Report on the cultivation and use of ganja
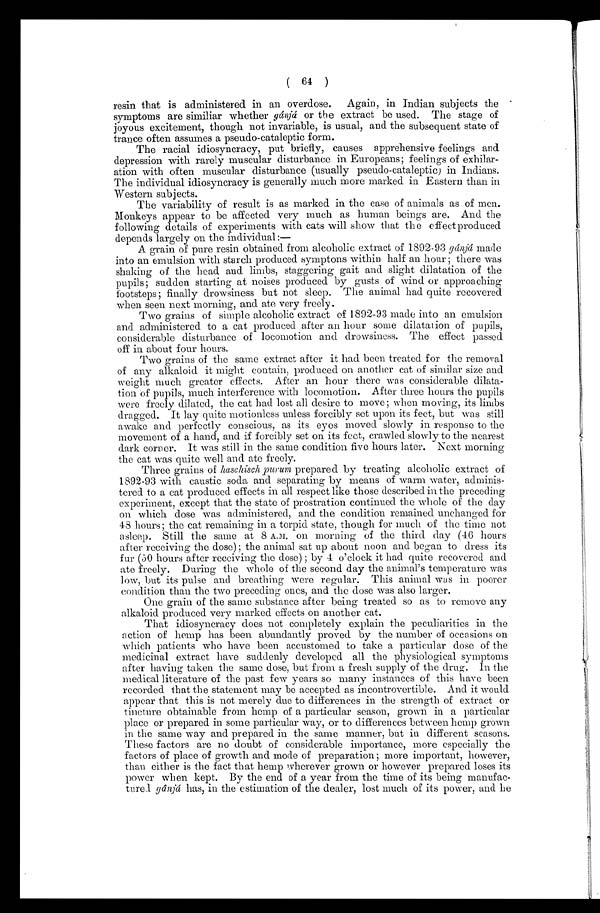
( 64 )
resin that is administered in an overdose. Again, in Indian subjects the
symptoms are similiar whether gánjá or the extract be used. The stage of
joyous excitement, though not invariable, is usual, and the subsequent state of
trance often assumes a pseudo-cataleptic form.
The racial idiosyncracy, put briefly, causes apprehensive feelings and
depression with rarely muscular disturbance in Europeans; feelings of exhilar-
ation with often muscular disturbance (usually pseudo-cataleptic) in Indians.
The individual idiosyncracy is generally much more marked in Eastern than in
Western subjects.
The variability of result is as marked in the case of animals as of men.
Monkeys appear to be affected very much as human beings are. And the
following details of experiments with cats will show that the effect produced
depends largely on the individual:—
A grain of pure resin obtained from alcoholic extract of 1892-93 gánjá m a d e
into an emulsion with starch produced symptons within half an hour ; there was
shaking of the head and limbs, staggering gait and slight dilatation of the
pupils; sudden starting at noises produced by gusts of wind or approaching
footsteps; finally drowsiness but not sleep. The animal had quite recovered
when seen next morning, and ate very freely.
Two grains of simple alcoholic extract of 1892-93 made into an emulsion
and administered to a cat produced after an hour some dilatation of pupils,
considerable disturbance of locomotion and drowsiness. The effect passed
off in about four hours.
Two grains of the same extract after it had been treated for the removal
of any alkaloid it might contain, produced on another cat of similar size and
weight much greater effects. After an hour there was considerable dilata-
tion of pupils, much interference with locomotion. After three hours the pupils
were freely dilated, the cat had lost all desire to move; when moving, its limbs
dragged. It lay quite motionless unless forcibly set upon its feet, but was still
awake and perfectly conscious, as its eyes moved slowly in response to the
movement of a hand, and if forcibly set on its feet, crawled slowly to the nearest
dark corner. It was still in the same condition five hours later. Next morning
the cat was quite well and ate freely.
Three grains of haschisch purum prepared by treating alcoholic extract of
1892-93 with caustic soda and separating by means of warm water, adminis-
tered to a cat produced effects in all respect like those described in the preceding
experiment, except that the state of prostration continued the whole of the day
on which dose was administered, and. the condition remained unchanged for
48 hours; the cat remaining in a torpid state, though for much of the time not
asleep. Still the same at 8 A.M, on morning of the third day (46 hours
after receiving the dose); the animal sat up about noon and began to dress its
fur (50 hours after receiving the dose); by 4 o'clock it had quite recovered and
ate freely. During the whole of the second day the animal's temperature was
low, but its pulse and breathing were regular. This animal was in poorer
condition than the two preceding ones, and the dose was also larger.
One grain of the same substance after being treated so as to remove any
alkaloid produced very marked effects on another cat.
That idiosyncracy does not completely explain the peculiarities in the
action of hemp has been abundantly proved by the number of occasions on
which patients who have been accustomed to take a particular dose of the
medicinal extract have suddenly developed all the physiological symptoms
after having taken the same dose, but from a fresh supply of the drug. In the
medical literature of the past few years so many instances of this have been
recorded that the statement may be accepted as incontrovertible. And it would
appear that this is not merely due to differences in the strength of extract or
tincture obtainable from hemp of a particular season, grown in a particular
place or prepared in some particular way, or to differences between hemp grown
in the same way and prepared in the same manner, but in different seasons.
These factors are no doubt of considerable importance, more especially the
factors of place of growth and mode of preparation; more important, however,
than either is the fact that hemp wherever grown or however prepared loses its
power when kept. By the end of a year from the time of its being
m a n u f a c t u r e d g â n j áh
a s , i n t h e e s t i m a t i o n o f t h e d e a l e r , l o s t m u c h o f i t s p o w e r , a n d h e